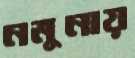
নমুনায়